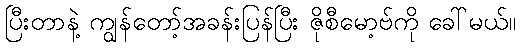
ပြီးတာနဲ့ ကျွန်တော့်အခန်းပြန်ပြီး ဇိုစီမော့ဗ်ကို ခေါ်မယ်။